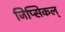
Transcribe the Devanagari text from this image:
जिप्सिकल्